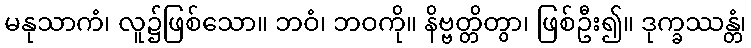
မနုသာကံ၊ လူ၌ဖြစ်သော။ ဘဝံ၊ ဘဝကို။ နိဗ္ဗတ္တိတွာ၊ ဖြစ်ဦး၍။ ဒုက္ခဿန္တံ၊